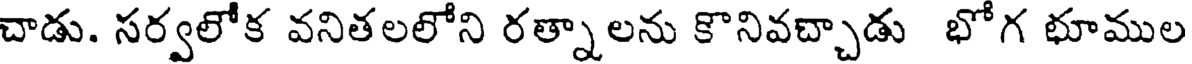
చాడు. సర్వలోక వనితలలోని రత్నాలను కొనివచ్చాడు భోగ భూముల